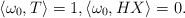
LaTeX: \begin{align*}\langle\omega_0, T\rangle=1, \langle \omega_0, HX\rangle=0.\end{align*}